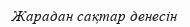
Жарадан сақтар денесін